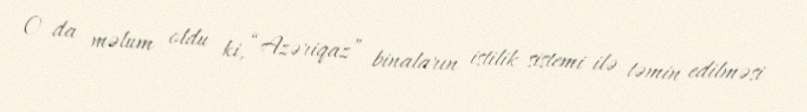
O da məlum oldu ki, “Azəriqaz” binaların istilik sistemi ilə təmin edilməsi